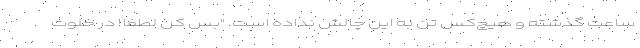
ساعت گذشته و هیچ‌کس تن به این چالش نداده است. "بس کن لطفاً! در خلوت